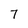
Character: 7